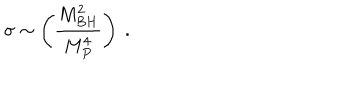
LaTeX: \sigma \sim \left( { \frac { M _ { B H } ^ { 2 } } { M _ { P } ^ { 4 } } } \right) ~ .